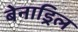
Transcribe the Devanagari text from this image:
बेनाड्रिल